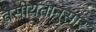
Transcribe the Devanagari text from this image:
वसीयतानुसार